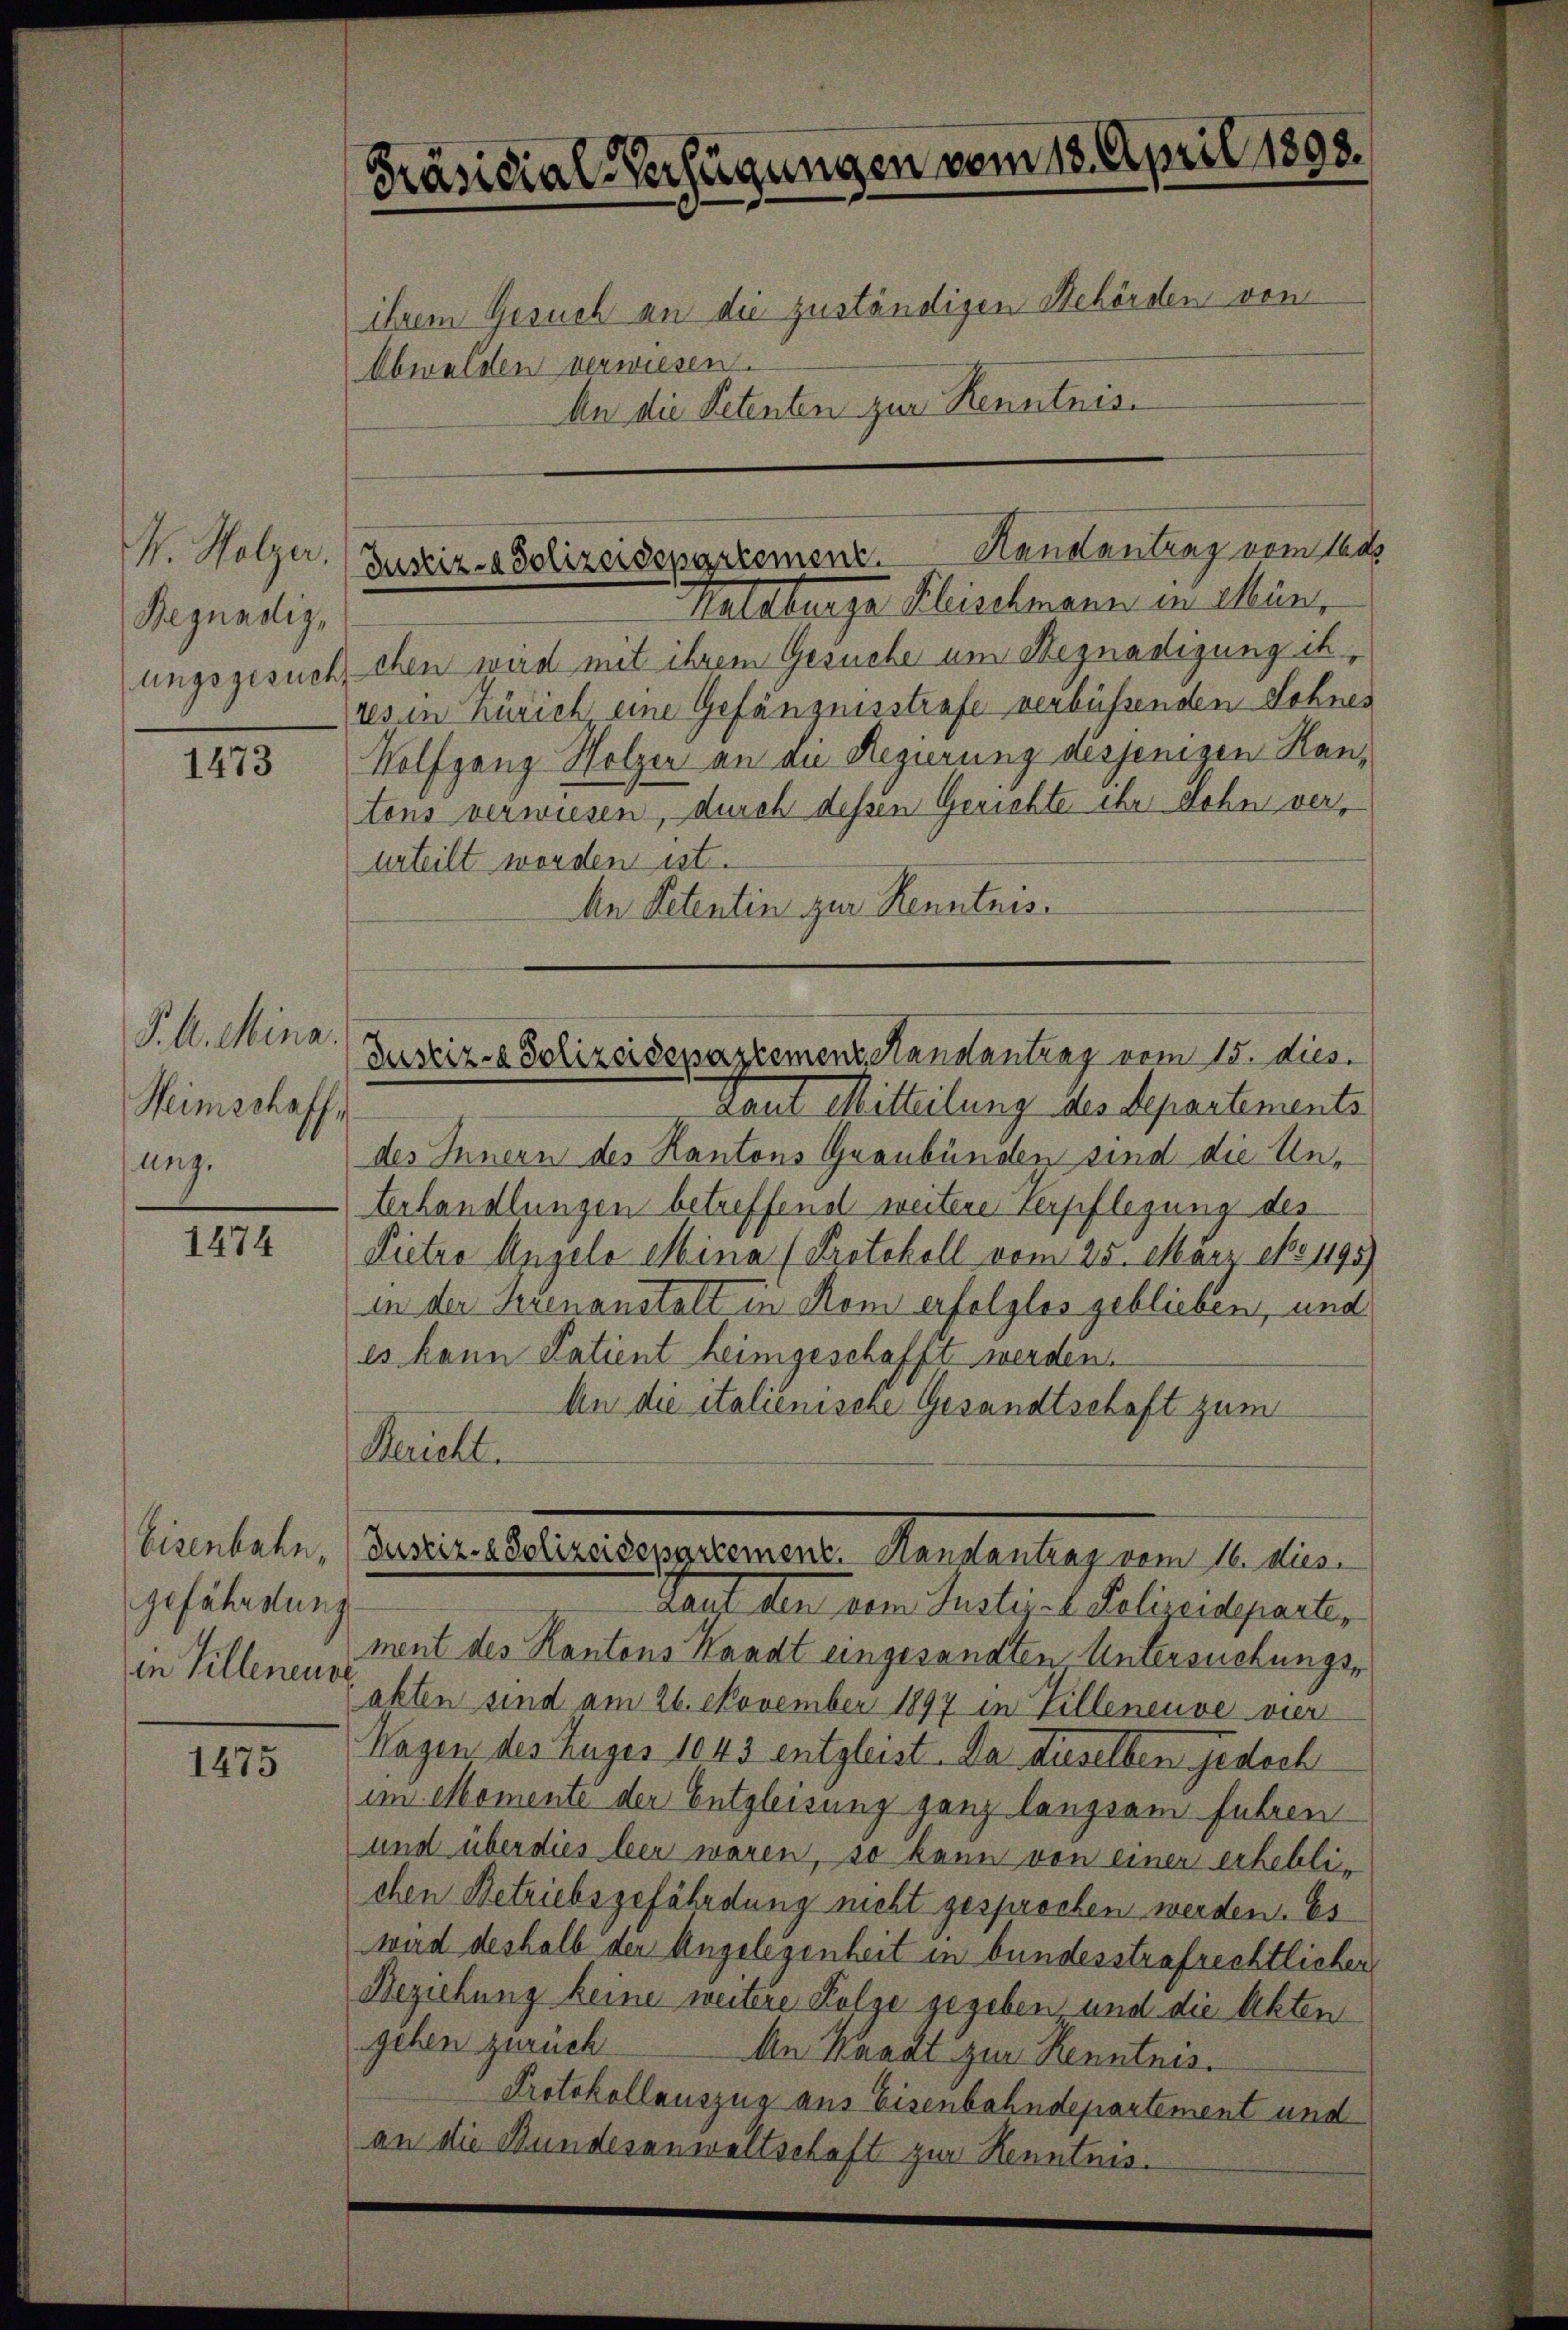
V. Holzer.
Begnadig
ungsgesuch,

1473

P. A. Mina.
Heimschaff
ung.

1474

Eisenbahn,
gefährdung
in Villeneust

1475

Präsidial-Verfügungen vom 18. April 1898.
ihrem Gesuch an die zuständigen Behörsten von
Obwalden verwiesen.
An die Petenten zur Renntnis

Justiz- & Polizeisepartement. Handantrag vom 1s

Hatelunge Fleischmann in Min.
chen wird mit ihrem Gesuche um Begnadigung ih
res in Zürich eine Gefängnisstrafe verbüssenden Sohnes
Wolfgang Holzer an die Regierung desjenigen Hantens verwiesen, durch dessen Gerichte ihr Lohn verurteilt worden ist.
An Petentin zur Kenntnis.

Justiz- & Polizeisepartement Kanalantrag vom 15. dies.

Taut Mitteilung des Separtements
des Innern des Kantons Graubünden sind die Unterhandlungen betreffend weitere Verpflegung des
Pietro Angelo Mina (Protokoll vom 25. März 181195)
in der Serenanstalt in Rom erfolglos geblieben, und
es kann Patient heimgeschafft werden.
An die italienische Gesandtschaft zum
Stricht.
Haut den dem Justiz- u. Polizeideparter
ment des Kantons Kaadt eingesandten Untersuchungsakten sind am 26. November 1897 in Villeneuve vier
Wagen des Zuger 1043 entgleist. Da dieselben jedoch
im Momente der Entgleisung ganz langsam fuhren
und über dies bei waren, so kann von einer erheblichen Betriebsgefährdung nicht gesprochen werden. Es
wird deshalb der Angelegenheit in bundesstrafrechtlichen
Beziehung keine weitere Folge gegeben, und die Akten
gehen zurück
An Waadt zur Renntnis.
Protokollauszug aus Eisenbahndepartement und
an die Bundesanwaltschaft zur Kenntnis.

Daseine besseressenen Rententag um de lin